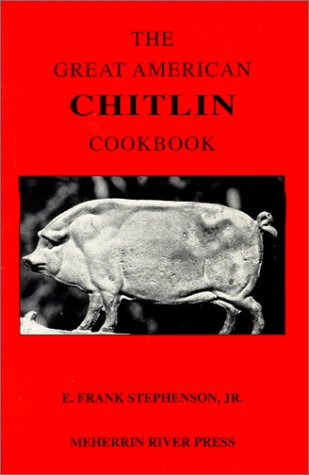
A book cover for The Great American Chitlin Cookbook; E. Frank Stephenson Jr.; Cookbooks, Food & Wine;